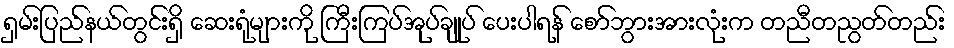
ရှမ်းပြည်နယ်တွင်းရှိ ဆေးရုံများကို ကြီးကြပ်အုပ်ချုပ် ပေးပါရန် စော်ဘွားအားလုံးက တညီတညွတ်တည်း